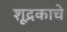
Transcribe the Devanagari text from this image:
शूद्रकाचे